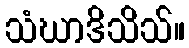
သံဃာဒိသိသ်။